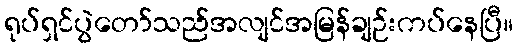
ရုပ်ရှင်ပွဲတော်သည်အလျင်အမြန်ချဉ်းကပ်နေပြီ။